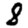
Digit: 8